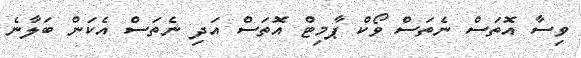
ވިސާ އޮތަސް ނެތަސް ވޯކް ޕާމިޓް އޮތަސް އަދި ނެތަސް އެކަން ބަލާނެ